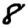
Digit: 8